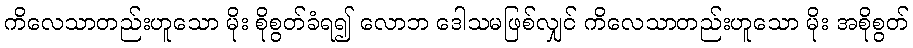
ကိလေသာတည်းဟူသော မိုး စိုစွတ်ခံရ၍ လောဘ ဒေါသမဖြစ်လျှင် ကိလေသာတည်းဟူသော မိုး အစိုစွတ်